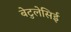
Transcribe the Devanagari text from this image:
बेटुलेसिई